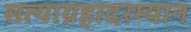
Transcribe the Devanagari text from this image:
सत्याग्रहादरम्यान